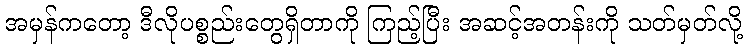
အမှန်ကတော့ ဒီလိုပစ္စည်းတွေရှိတာကို ကြည့်ပြီး အဆင့်အတန်းကို သတ်မှတ်လို့